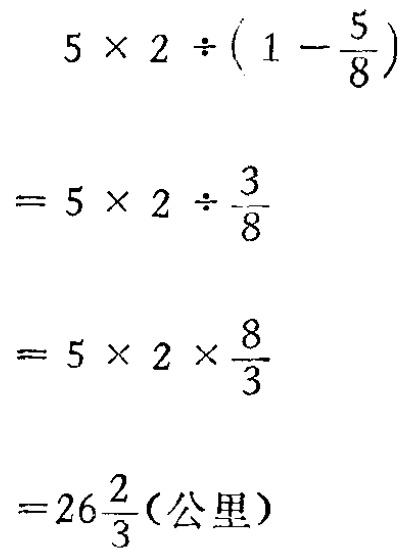
\[

\begin{align*}

&5\times2\div(1 - \frac{5}{8})\\

=&5\times2\div\frac{3}{8}\\

=&5\times2\times\frac{8}{3}\\

=&26\frac{2}{3}(\text{公里})

\end{align*}

\]